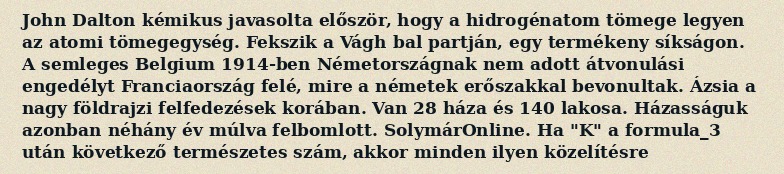
John Dalton kémikus javasolta először, hogy a hidrogénatom tömege legyen az atomi tömegegység. Fekszik a Vágh bal partján, egy termékeny síkságon. A semleges Belgium 1914-ben Németországnak nem adott átvonulási engedélyt Franciaország felé, mire a németek erőszakkal bevonultak. Ázsia a nagy földrajzi felfedezések korában. Van 28 háza és 140 lakosa. Házasságuk azonban néhány év múlva felbomlott. SolymárOnline. Ha "K" a formula_3 után következő természetes szám, akkor minden ilyen közelítésre